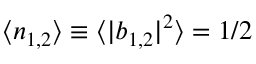
\langle n _ { 1 , 2 } \rangle \equiv \langle | b _ { 1 , 2 } | ^ { 2 } \rangle = 1 / 2